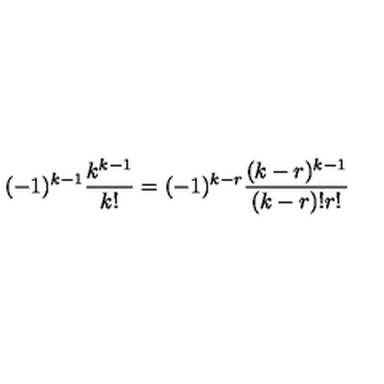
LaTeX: ( - 1 ) ^ { k - 1 } \frac { k ^ { k - 1 } } { k ! } = ( - 1 ) ^ { k - r } \frac { ( k - r ) ^ { k - 1 } } { ( k - r ) ! r ! }